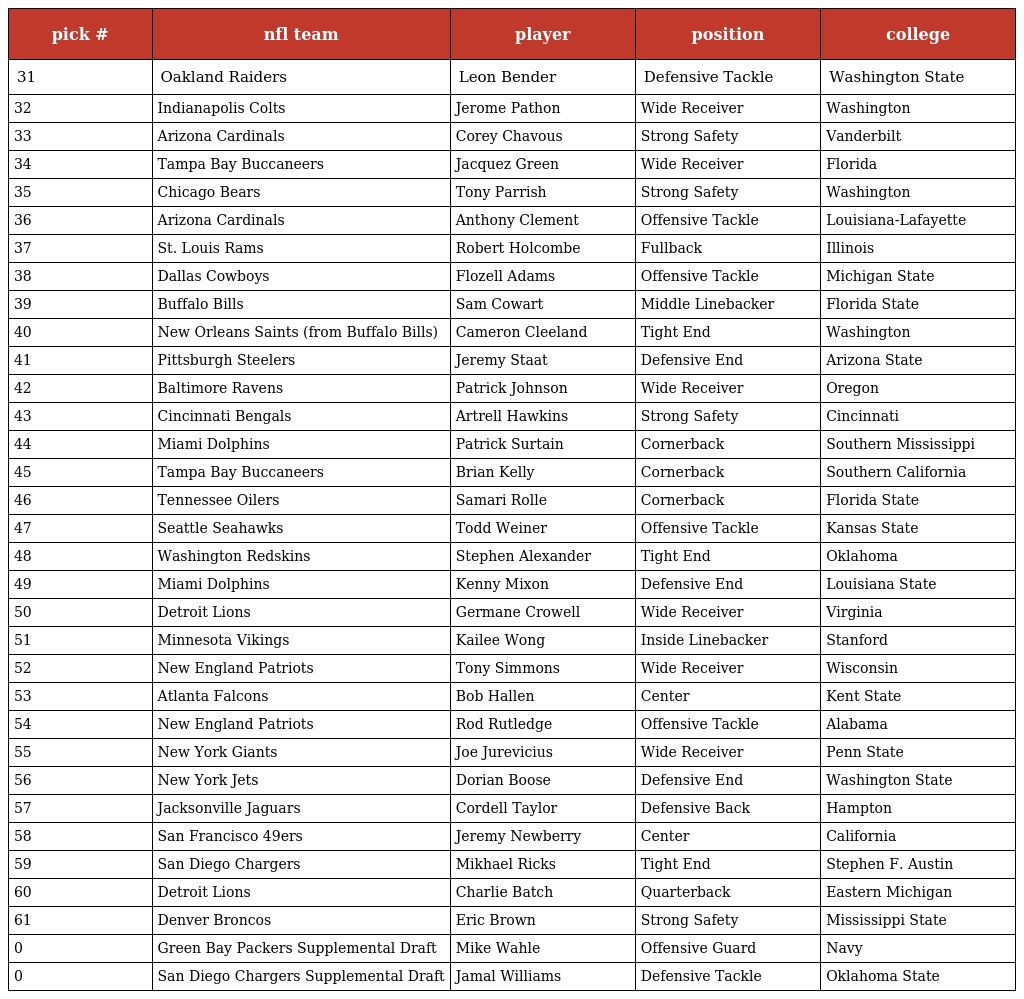
| pick # | nfl team | player | position | college |
 | --- | --- | --- | --- | --- |
 | 31 | Oakland Raiders | Leon Bender | Defensive Tackle | Washington State |
 | 32 | Indianapolis Colts | Jerome Pathon | Wide Receiver | Washington |
 | 33 | Arizona Cardinals | Corey Chavous | Strong Safety | Vanderbilt |
 | 34 | Tampa Bay Buccaneers | Jacquez Green | Wide Receiver | Florida |
 | 35 | Chicago Bears | Tony Parrish | Strong Safety | Washington |
 | 36 | Arizona Cardinals | Anthony Clement | Offensive Tackle | Louisiana-Lafayette |
 | 37 | St. Louis Rams | Robert Holcombe | Fullback | Illinois |
 | 38 | Dallas Cowboys | Flozell Adams | Offensive Tackle | Michigan State |
 | 39 | Buffalo Bills | Sam Cowart | Middle Linebacker | Florida State |
 | 40 | New Orleans Saints (from Buffalo Bills) | Cameron Cleeland | Tight End | Washington |
 | 41 | Pittsburgh Steelers | Jeremy Staat | Defensive End | Arizona State |
 | 42 | Baltimore Ravens | Patrick Johnson | Wide Receiver | Oregon |
 | 43 | Cincinnati Bengals | Artrell Hawkins | Strong Safety | Cincinnati |
 | 44 | Miami Dolphins | Patrick Surtain | Cornerback | Southern Mississippi |
 | 45 | Tampa Bay Buccaneers | Brian Kelly | Cornerback | Southern California |
 | 46 | Tennessee Oilers | Samari Rolle | Cornerback | Florida State |
 | 47 | Seattle Seahawks | Todd Weiner | Offensive Tackle | Kansas State |
 | 48 | Washington Redskins | Stephen Alexander | Tight End | Oklahoma |
 | 49 | Miami Dolphins | Kenny Mixon | Defensive End | Louisiana State |
 | 50 | Detroit Lions | Germane Crowell | Wide Receiver | Virginia |
 | 51 | Minnesota Vikings | Kailee Wong | Inside Linebacker | Stanford |
 | 52 | New England Patriots | Tony Simmons | Wide Receiver | Wisconsin |
 | 53 | Atlanta Falcons | Bob Hallen | Center | Kent State |
 | 54 | New England Patriots | Rod Rutledge | Offensive Tackle | Alabama |
 | 55 | New York Giants | Joe Jurevicius | Wide Receiver | Penn State |
 | 56 | New York Jets | Dorian Boose | Defensive End | Washington State |
 | 57 | Jacksonville Jaguars | Cordell Taylor | Defensive Back | Hampton |
 | 58 | San Francisco 49ers | Jeremy Newberry | Center | California |
 | 59 | San Diego Chargers | Mikhael Ricks | Tight End | Stephen F. Austin |
 | 60 | Detroit Lions | Charlie Batch | Quarterback | Eastern Michigan |
 | 61 | Denver Broncos | Eric Brown | Strong Safety | Mississippi State |
 | 0 | Green Bay Packers Supplemental Draft | Mike Wahle | Offensive Guard | Navy |
 | 0 | San Diego Chargers Supplemental Draft | Jamal Williams | Defensive Tackle | Oklahoma State |